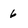
Character: 6